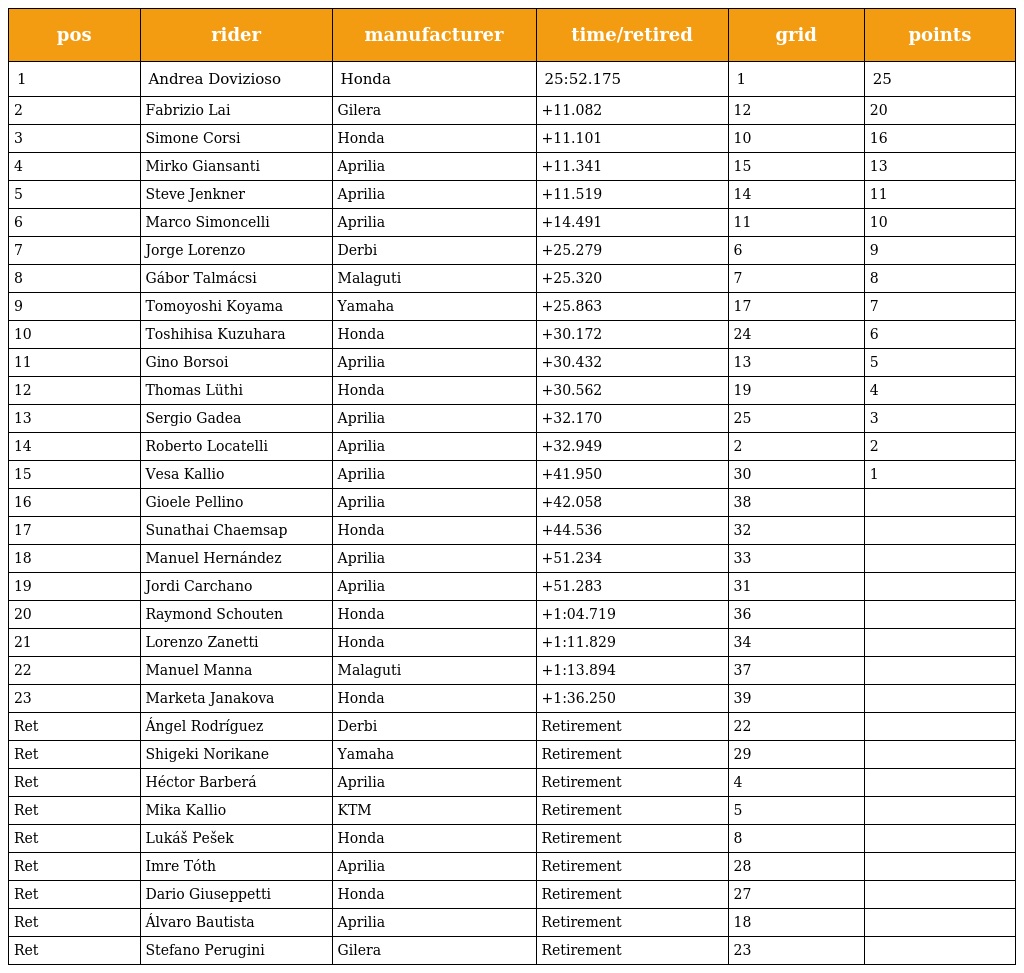
| pos | rider | manufacturer | time/retired | grid | points |
 | --- | --- | --- | --- | --- | --- |
 | 1 | Andrea Dovizioso | Honda | 25:52.175 | 1 | 25 |
 | 2 | Fabrizio Lai | Gilera | +11.082 | 12 | 20 |
 | 3 | Simone Corsi | Honda | +11.101 | 10 | 16 |
 | 4 | Mirko Giansanti | Aprilia | +11.341 | 15 | 13 |
 | 5 | Steve Jenkner | Aprilia | +11.519 | 14 | 11 |
 | 6 | Marco Simoncelli | Aprilia | +14.491 | 11 | 10 |
 | 7 | Jorge Lorenzo | Derbi | +25.279 | 6 | 9 |
 | 8 | Gábor Talmácsi | Malaguti | +25.320 | 7 | 8 |
 | 9 | Tomoyoshi Koyama | Yamaha | +25.863 | 17 | 7 |
 | 10 | Toshihisa Kuzuhara | Honda | +30.172 | 24 | 6 |
 | 11 | Gino Borsoi | Aprilia | +30.432 | 13 | 5 |
 | 12 | Thomas Lüthi | Honda | +30.562 | 19 | 4 |
 | 13 | Sergio Gadea | Aprilia | +32.170 | 25 | 3 |
 | 14 | Roberto Locatelli | Aprilia | +32.949 | 2 | 2 |
 | 15 | Vesa Kallio | Aprilia | +41.950 | 30 | 1 |
 | 16 | Gioele Pellino | Aprilia | +42.058 | 38 |  |
 | 17 | Sunathai Chaemsap | Honda | +44.536 | 32 |  |
 | 18 | Manuel Hernández | Aprilia | +51.234 | 33 |  |
 | 19 | Jordi Carchano | Aprilia | +51.283 | 31 |  |
 | 20 | Raymond Schouten | Honda | +1:04.719 | 36 |  |
 | 21 | Lorenzo Zanetti | Honda | +1:11.829 | 34 |  |
 | 22 | Manuel Manna | Malaguti | +1:13.894 | 37 |  |
 | 23 | Marketa Janakova | Honda | +1:36.250 | 39 |  |
 | Ret | Ángel Rodríguez | Derbi | Retirement | 22 |  |
 | Ret | Shigeki Norikane | Yamaha | Retirement | 29 |  |
 | Ret | Héctor Barberá | Aprilia | Retirement | 4 |  |
 | Ret | Mika Kallio | KTM | Retirement | 5 |  |
 | Ret | Lukáš Pešek | Honda | Retirement | 8 |  |
 | Ret | Imre Tóth | Aprilia | Retirement | 28 |  |
 | Ret | Dario Giuseppetti | Honda | Retirement | 27 |  |
 | Ret | Álvaro Bautista | Aprilia | Retirement | 18 |  |
 | Ret | Stefano Perugini | Gilera | Retirement | 23 |  |